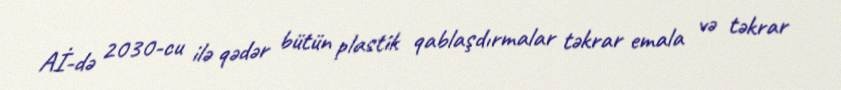
Aİ-də 2030-cu ilə qədər bütün plastik qablaşdırmalar təkrar emala və təkrar